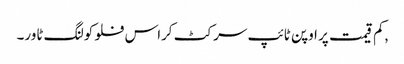
,کم قیمت پر اوپن ٹائپ سرکٹ کراس فلو کولنگ ٹاور۔